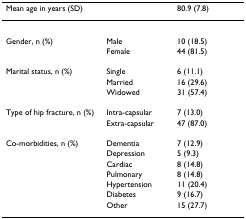
| Mean age in years (SD) |  | 80.9 (7.8) |
 | --- | --- | --- |
 | Gender, n (%) | Male | 10 (18.5) |
 |  | Female | 44 (81.5) |
 | Marital status, n (%) | Single | 6 (11.1) |
 |  | Married | 16 (29.6) |
 |  | Widowed | 31 (57.4) |
 | Type of hip fracture, n (%) | Intra-capsular | 7 (13.0) |
 |  | Extra-capsular | 47 (87.0) |
 | Co-morbidities, n (%) | Dementia | 7 (12.9) |
 |  | Depression | 5 (9.3) |
 |  | Cardiac | 8 (14.8) |
 |  | Pulmonary | 8 (14.8) |
 |  | Hypertension | 11 (20.4) |
 |  | Diabetes | 9 (16.7) |
 |  | Other | 15 (27.7) |